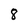
Character: 8